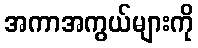
အကာအကွယ်များကို